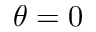
\theta = 0